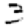
Digit: 3